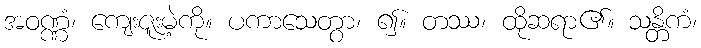
အဝဏ္ဏံ၊ ကျေးဇူးမဲ့ကို။ ပကာသေတွာ၊ ၍။ တဿ၊ ထိုဆရာ၏။ သန္တိကံ၊